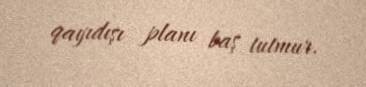
qayıdışı planı baş tutmur.